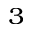
^ { 3 }